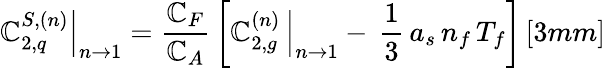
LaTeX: \left.\mathbb{C}_{2,q}^{S,(n)}\right|_{n\rightarrow1}=\frac{{\mathbb{C}_{F}}}{{\mathbb{C}_{A}}}\, \left[\left.\mathbb{C}_{2,g}^{(n)}\, \right|_{n\rightarrow1}-\, \frac{{1}}{{3}}\, a_{s}\, n_{f}\, T_{f}\right]\, [3mm]